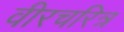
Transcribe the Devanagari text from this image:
वीरचरित्र